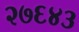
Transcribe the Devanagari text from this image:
२७६४३